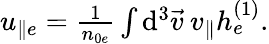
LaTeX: \begin{array}{r}{u_{\parallel e}=\frac{1}{n_{0e}}\int\mathrm{d}^{3}\vec{v}\: v_{\parallel}h_{e}^{(1)}.}\end{array}